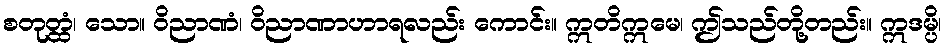
စတုတ္ထံ၊ သော။ ဝိညာဏံ၊ ဝိညာဏာဟာရလည်း ကောင်း။ ဣတိဣမေ၊ ဤသည်တို့တည်း။ ဣဒမ္ပိ၊